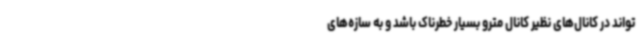
‌تواند در کانال‌های نظیر کانال مترو بسیار خطرناک باشد و به سازه‌های